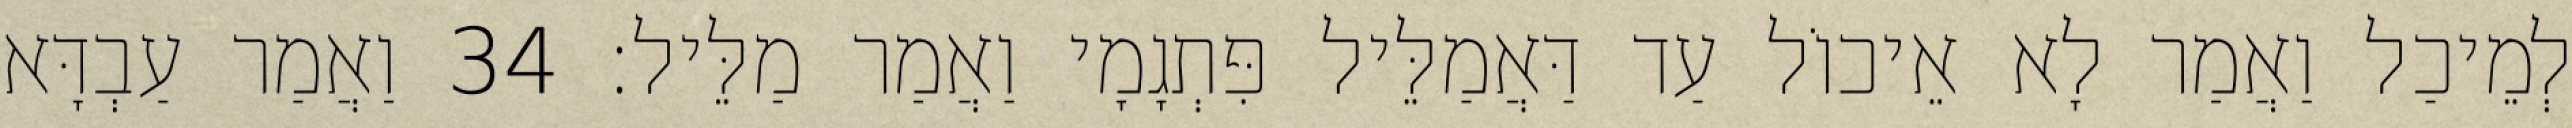
לְמֵיכַל וַאֲמַר לָא אֵיכוֹל עַד דַּאֲמַלֵּיל פִּתְגָמָי וַאֲמַר מַלֵּיל׃ 34 וַאֲמַר עַבְדָּא